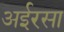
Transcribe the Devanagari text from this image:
अईरसा